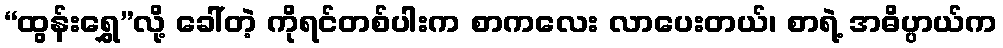
“ထွန်းရွှေ”လို့ ခေါ်တဲ့ ကိုရင်တစ်ပါးက စာကလေး လာပေးတယ်၊ စာရဲ့ အဓိပ္ပာယ်က